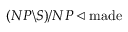
( N P \backslash S ) / N P \triangleleft { \mathrm { m a d e } }